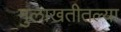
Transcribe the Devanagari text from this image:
मुलाखतीतल्या